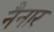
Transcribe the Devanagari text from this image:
नैनार